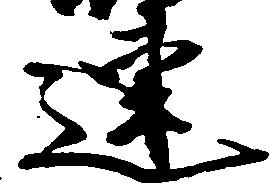
連